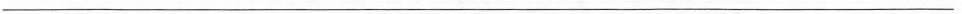
___